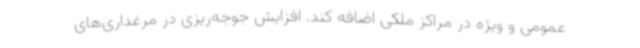
عمومی و ویژه در مراکز ملکی اضافه کند. افزایش جوجه‌ریزی در مرغداری‌های